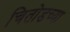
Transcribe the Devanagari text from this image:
चितोडच्या